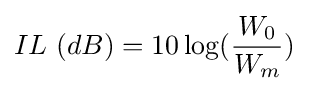
IL\ (dB)=10\log({\frac {W_{0}}{W_{m}}})